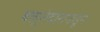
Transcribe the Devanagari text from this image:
बलुतेदाराकडून